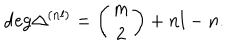
\mathrm { d e g } \Delta ^ { ( n l ) } = \left( \begin{array} { c } { { m } } \\ { { 2 } } \\ \end{array} \right) + n l - n .